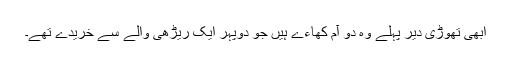
ابھی تھوڑی دیر پہلے وہ دو آم کھاءے ہیں جو دوپہر ایک ریڑھی والے سے خریدے تھے۔